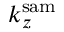
k _ { z } ^ { \mathrm { s a m } }